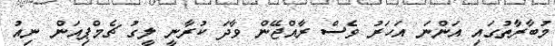
މުބާރާތުގައި އަންނަ އަހަރު ވެސް ރާއްޖޭން ވާދަ ކުރާނީ ލީގު ޗެމްޕިއަން ނިއު